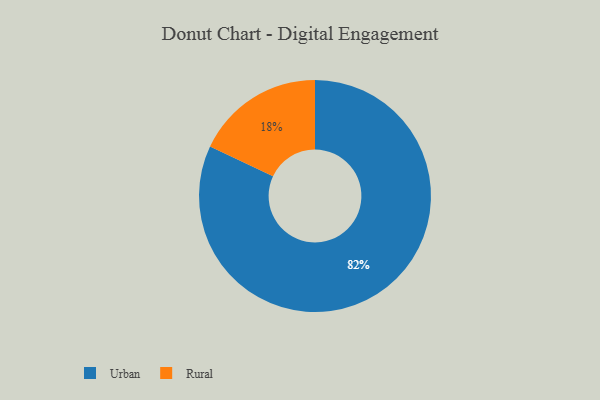
{"axis": {"x": "Category", "y": "Percentage"}, "legend": ["Rural", "Urban"], "data": [{"x": "Rural", "y": 18, "type": "Rural"}, {"x": "Urban", "y": 82, "type": "Urban"}]}